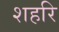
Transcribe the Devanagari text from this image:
शहरि